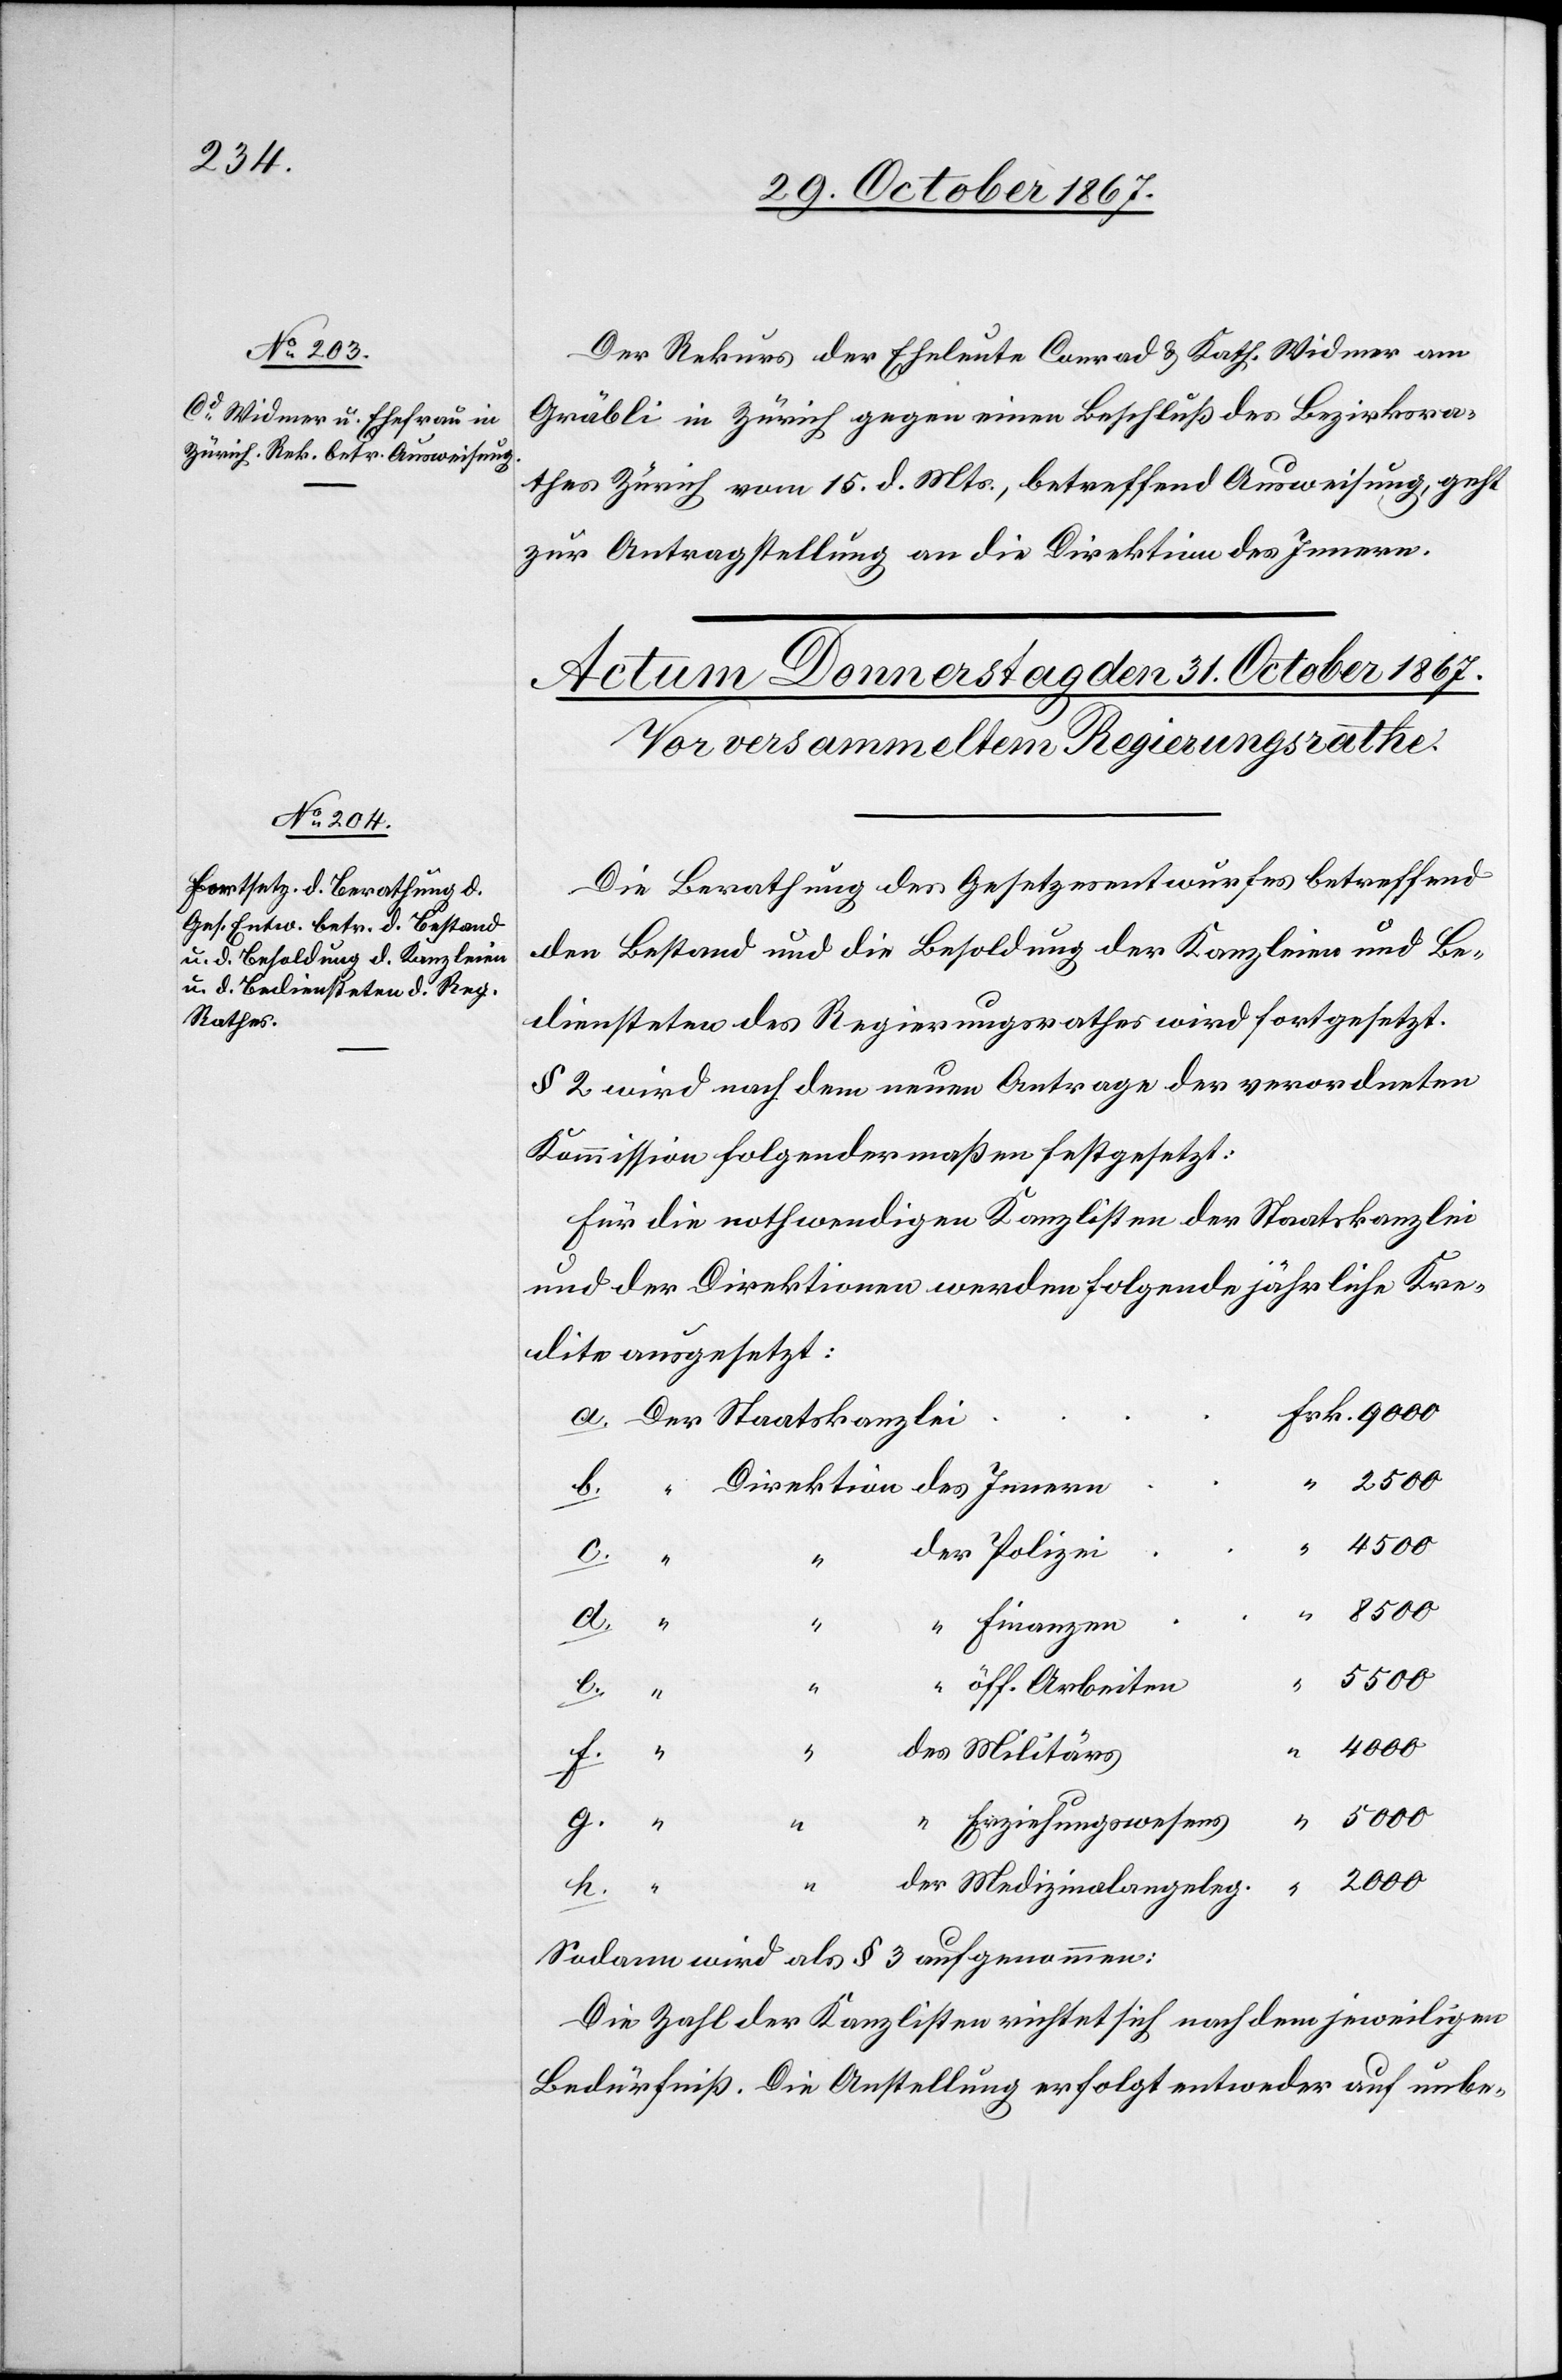
30. October 1867.]
Der Rekurs der Eheleute Conrad u. Kath. Widmer am
Gräbli in Zürich gegen einen Beschluß des Bezirksra¬
thes Zürich vom 15. d. Mts, betreffend Ausweisung, geht
zur Antragstellung an die Direktion des Innern.
Die Berathung des Gesetzesentwurfes betreffend
den Bestand und die Besoldung der Kanzleien und Be¬
diensteten des Regierungsrathes wird fortgesetzt.
§ 2 wird nach dem neuen Antrage der verordneten
Kommission folgendermaßen festgesetzt:
Für die nothwendigen Kanzlisten der Staatskanzlei
und der Direktionen werden folgende jährliche Kre¬
dite ausgesetzt:
2000
g.
a.
Finanzen
“
5000
öff. Arbeiten
f.
Erziehungswesens
alangeleg.
k.
Sodann wird als § 3 aufgenommen:
Die Zahl der Kanzlisten richtet sich nach dem jeweiligen
Bedürfniß. Die Anstellung erfolgt entweder auf unbe-